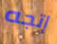
إتجه